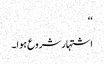
‘‘
اشتہار شروع ہوا۔